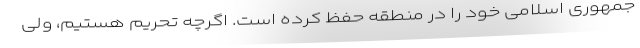
جمهوری اسلامی خود را در منطقه حفظ کرده است. اگرچه تحریم هستیم، ولی